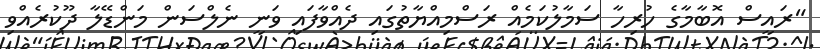
"ރައީސް އޮބާމާގެ ހުރިހާ ސަމާލުކަމެއް ރަސްމިއްޔާތުގައި ދެއްވާފައި ވަނީ ނެލްސަން މަންޑޭލާ ދޫކުރެއްވި